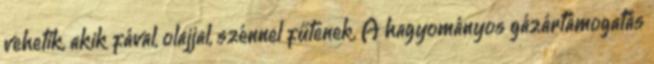
vehetik, akik fával, olajjal, szénnel fűtenek. A hagyományos gázártámogatás